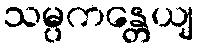
သမ္ပကန္တေယျ